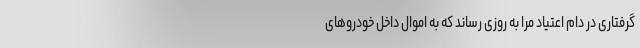
گرفتاری در دام اعتیاد مرا به روزی رساند که به اموال داخل خودروهای